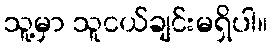
သူ့မှာ သူငယ်ချင်းမရှိပါ။